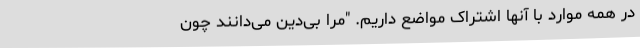
در همه موارد با آنها اشتراک مواضع داریم. "مرا بی‌دین می‌دانند چون